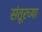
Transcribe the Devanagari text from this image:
संतूरच्या